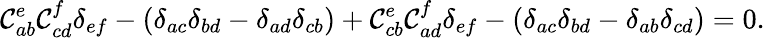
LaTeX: \mathcal{C}_{ab}^{e}\mathcal{C}_{cd}^{f}\delta_{ef}-(\delta_{ac}\delta_{bd}-\delta_{ad}\delta_{cb})+\mathcal{C}_{cb}^{e}\mathcal{C}_{ad}^{f}\delta_{ef}-(\delta_{ac}\delta_{bd}-\delta_{ab}\delta_{cd})=0.